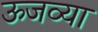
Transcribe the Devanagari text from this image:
ऊजव्या